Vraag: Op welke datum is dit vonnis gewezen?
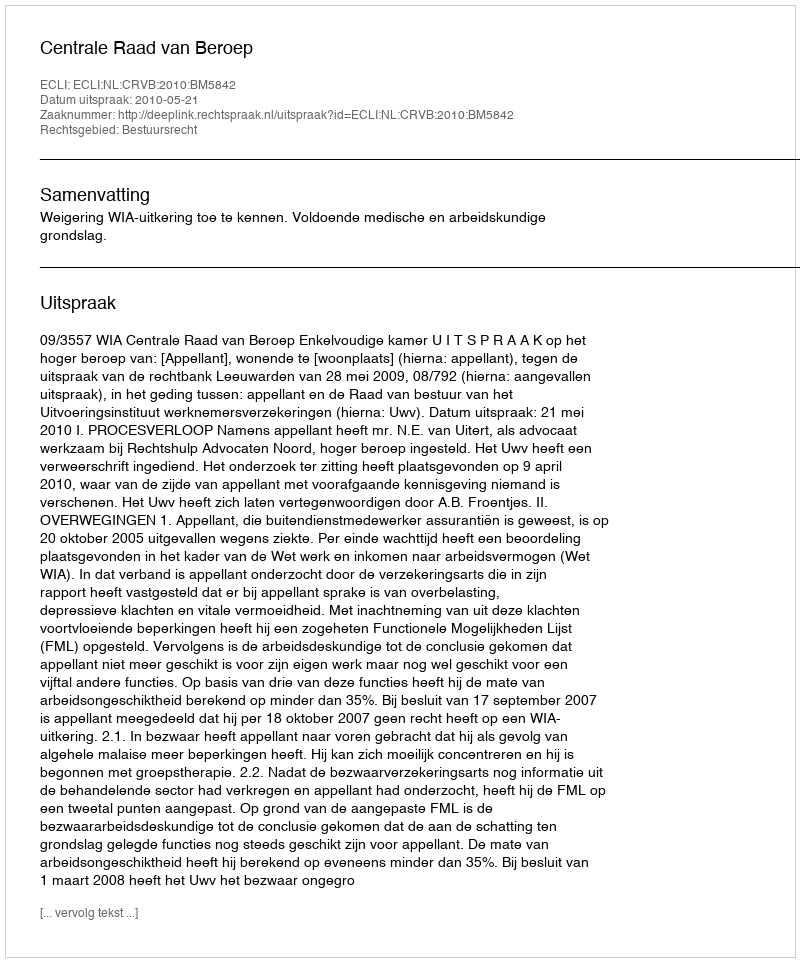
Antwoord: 2010-05-21